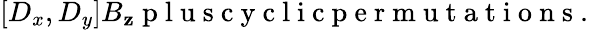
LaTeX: [D_{x},D_{y}]B_{\mathbf{z}}\mathrm{{~p~l~u~s~c~y~c~l~i~c~p~e~r~m~u~t~a~t~i~o~n~s~.~}}